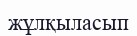
жұлқыласып